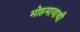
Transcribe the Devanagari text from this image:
मोहमायाथी